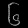
Digit: ၆